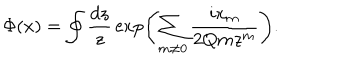
LaTeX: \Phi ( x ) = \oint { \frac { d z } { z } } \exp \left( \sum _ { m \neq 0 } { \frac { i x _ { m } } { 2 Q m z ^ { m } } } \right) .